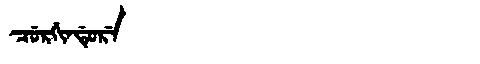
Manchu: ᠴᡠᡵᡤᡳᠨᡩᡠᡵᡝ
Romanization: CURGINDURE